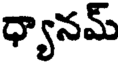
ధ్యానమ్